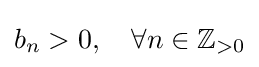
b_{n}>0,\quad \forall n\in {\mathbb {Z} }_{>0}